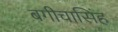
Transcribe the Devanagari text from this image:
बगीचासिंह